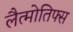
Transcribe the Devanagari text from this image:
लैत्मोतिफ्स